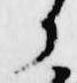
か